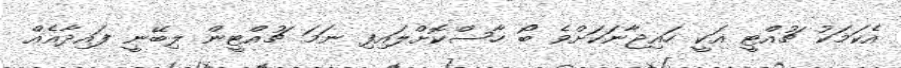
އެކަމަކު ޗުއްޓީ އަކީ ހައިޖާނަކަށްވެ ބޯ ހާސްކޮށްލައިފި ނަމަ ޗުއްޓީން ލިބޭނީ ފައިދާއެއް